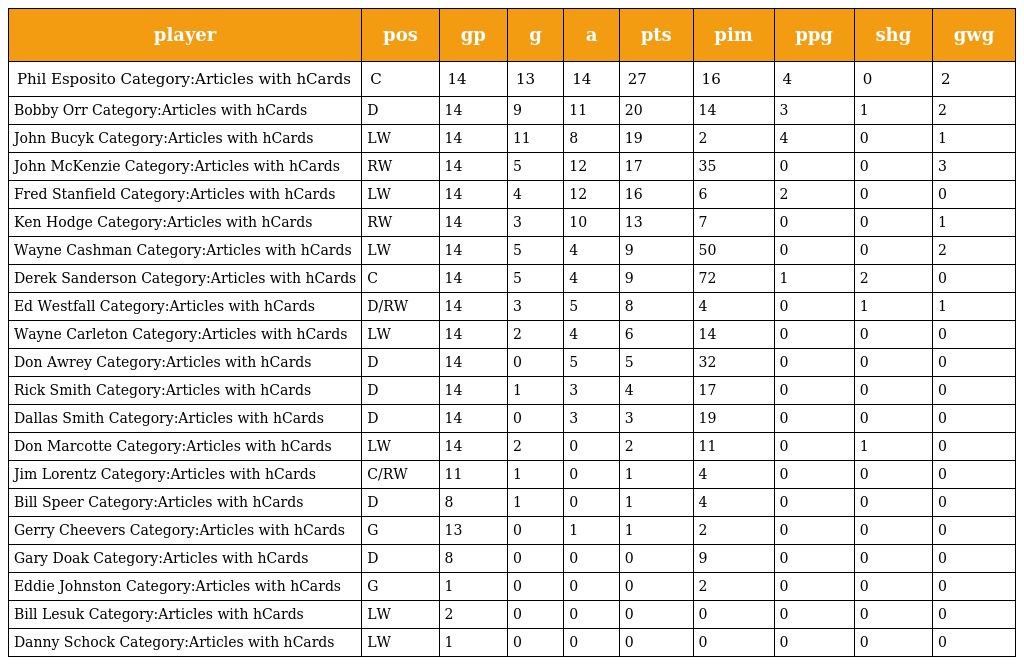
| player | pos | gp | g | a | pts | pim | ppg | shg | gwg |
 | --- | --- | --- | --- | --- | --- | --- | --- | --- | --- |
 | Phil Esposito Category:Articles with hCards | C | 14 | 13 | 14 | 27 | 16 | 4 | 0 | 2 |
 | Bobby Orr Category:Articles with hCards | D | 14 | 9 | 11 | 20 | 14 | 3 | 1 | 2 |
 | John Bucyk Category:Articles with hCards | LW | 14 | 11 | 8 | 19 | 2 | 4 | 0 | 1 |
 | John McKenzie Category:Articles with hCards | RW | 14 | 5 | 12 | 17 | 35 | 0 | 0 | 3 |
 | Fred Stanfield Category:Articles with hCards | LW | 14 | 4 | 12 | 16 | 6 | 2 | 0 | 0 |
 | Ken Hodge Category:Articles with hCards | RW | 14 | 3 | 10 | 13 | 7 | 0 | 0 | 1 |
 | Wayne Cashman Category:Articles with hCards | LW | 14 | 5 | 4 | 9 | 50 | 0 | 0 | 2 |
 | Derek Sanderson Category:Articles with hCards | C | 14 | 5 | 4 | 9 | 72 | 1 | 2 | 0 |
 | Ed Westfall Category:Articles with hCards | D/RW | 14 | 3 | 5 | 8 | 4 | 0 | 1 | 1 |
 | Wayne Carleton Category:Articles with hCards | LW | 14 | 2 | 4 | 6 | 14 | 0 | 0 | 0 |
 | Don Awrey Category:Articles with hCards | D | 14 | 0 | 5 | 5 | 32 | 0 | 0 | 0 |
 | Rick Smith Category:Articles with hCards | D | 14 | 1 | 3 | 4 | 17 | 0 | 0 | 0 |
 | Dallas Smith Category:Articles with hCards | D | 14 | 0 | 3 | 3 | 19 | 0 | 0 | 0 |
 | Don Marcotte Category:Articles with hCards | LW | 14 | 2 | 0 | 2 | 11 | 0 | 1 | 0 |
 | Jim Lorentz Category:Articles with hCards | C/RW | 11 | 1 | 0 | 1 | 4 | 0 | 0 | 0 |
 | Bill Speer Category:Articles with hCards | D | 8 | 1 | 0 | 1 | 4 | 0 | 0 | 0 |
 | Gerry Cheevers Category:Articles with hCards | G | 13 | 0 | 1 | 1 | 2 | 0 | 0 | 0 |
 | Gary Doak Category:Articles with hCards | D | 8 | 0 | 0 | 0 | 9 | 0 | 0 | 0 |
 | Eddie Johnston Category:Articles with hCards | G | 1 | 0 | 0 | 0 | 2 | 0 | 0 | 0 |
 | Bill Lesuk Category:Articles with hCards | LW | 2 | 0 | 0 | 0 | 0 | 0 | 0 | 0 |
 | Danny Schock Category:Articles with hCards | LW | 1 | 0 | 0 | 0 | 0 | 0 | 0 | 0 |